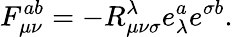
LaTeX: F_{\mu\nu}^{ab}=-R_{\mu\nu\sigma}^{\lambda}e_{\lambda}^{a}e^{\sigma b}.